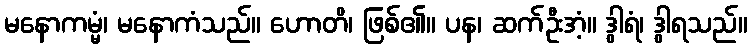
မနောကမ္မံ၊ မနောကံသည်။ ဟောတိ၊ ဖြစ်၏။ ပန၊ ဆက်ဦးအံ့။ ဒွါရံ၊ ဒွါရသည်။